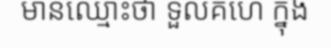
មានឈ្មោះថា ទួលគហេ ក្នុង